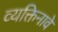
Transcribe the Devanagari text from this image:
व्यक्तिनावे